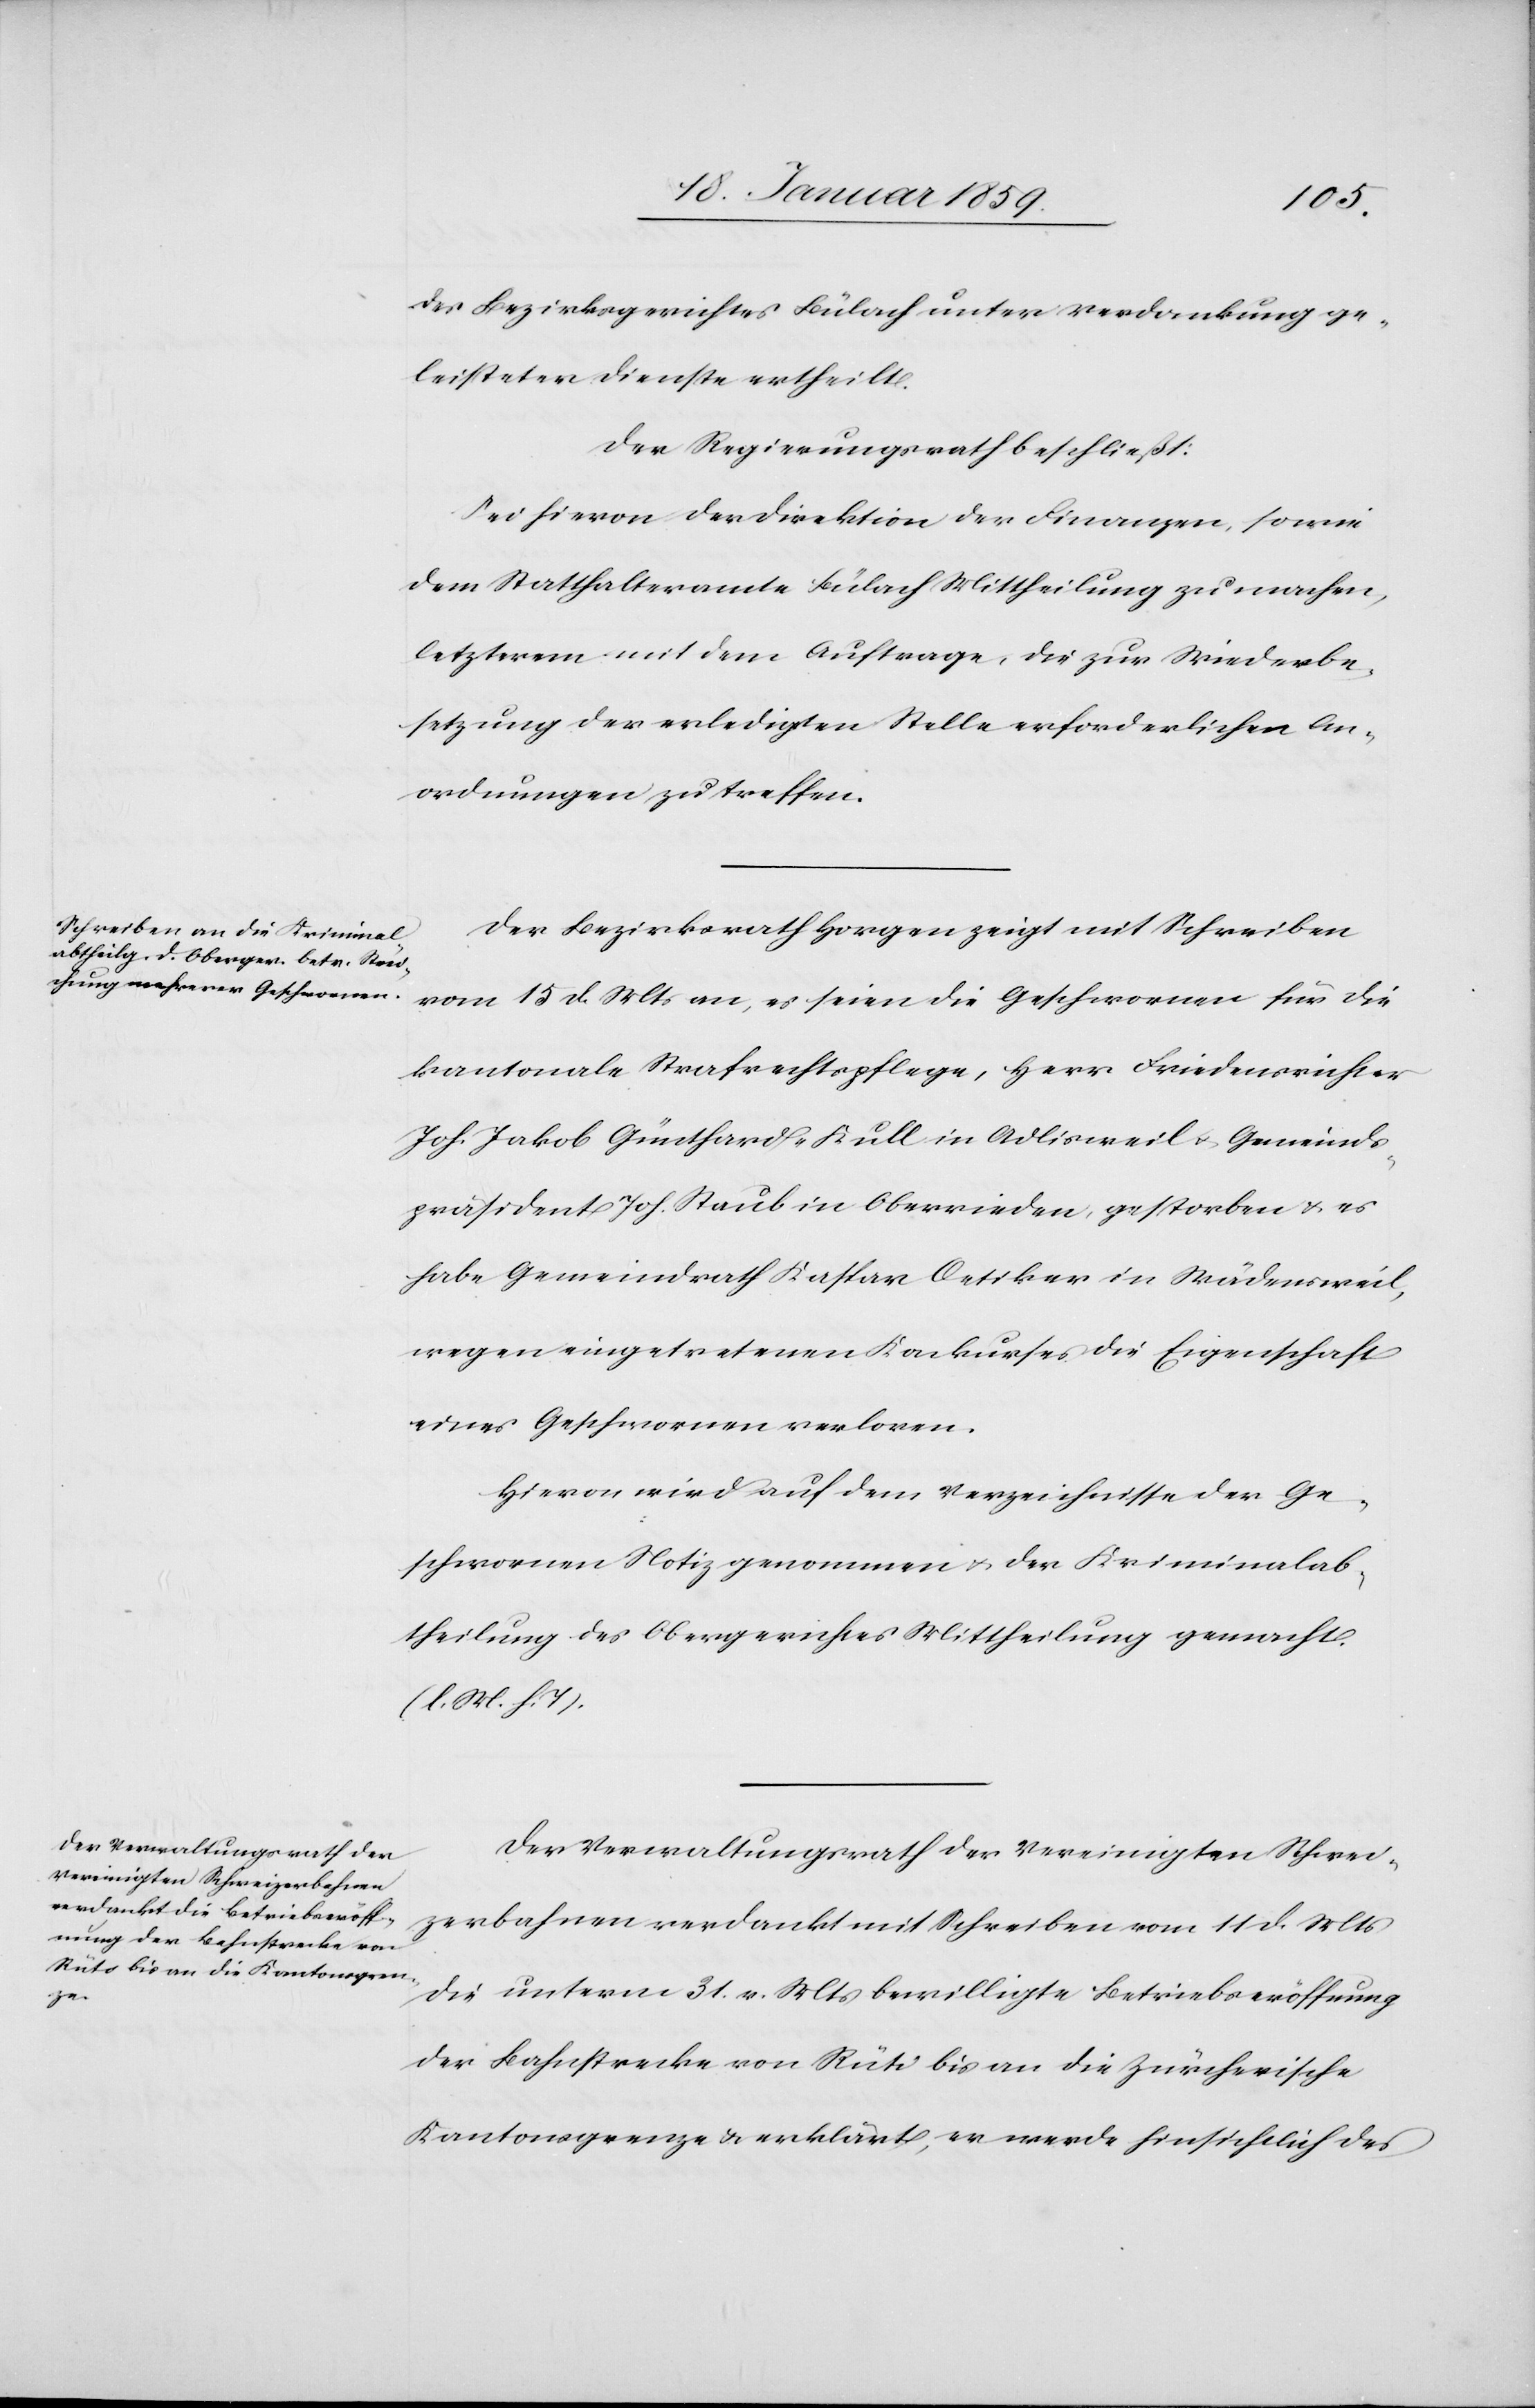
des Bezirksgerichtes Bülach unter Verdankung ge¬
leisteter Dienste ertheilt.
Der Regierungsrath beschließt:
Sei hievon der Direktion der Finanzen, sowie
dem Statthalteramt Bülach Mittheilung zu machen,
letzterem mit dem Auftrage, die zur Wiederbe¬
setzung der erledigten Stelle erforderlichen An¬
ordnungen zu treffen.
Der Bezirksrath Horgen zeigt mit Schreiben
vom 15 d. Mts an, es seien die Geschworenen für die
kantonale Strafrechtspflege, Herr Friedensrichter
Joh. Jakob Günthard-Kull in Adlisweil u. Gemeinds¬
präsident Joh. Staub in Oberrieden, gestorben u. es
habe Gemeinderath Kaspar Oetiker in Wädensweil,
wegen eingetretenen Konkurses die Eigenschaft
eines Geschworenen verloren.
Hievon wird auf dem Verzeichnisse der Ge¬
schworenen Notiz genommen u. der Kriminalab¬
theilung des Obergerichtes Mittheilung gemacht.
(l. M. h. T).
Der Verwaltungsrath der Vereinigten Schwei¬
zerbahnen verdankt mit Schreiben vom 11 d. Mts
die unterm 31. v. Mts. bewilligte Betriebseröffnung
der Bahnstrecke von Rüti bis an die Zürcherische
Kantonsgrenze u. erklärt, er werde hinsichtlich des